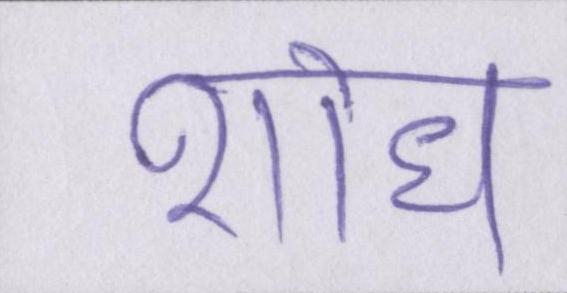
शोध